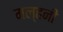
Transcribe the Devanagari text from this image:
मल्‍हनी